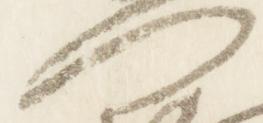
門